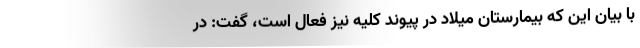
با بيان اين كه بيمارستان ميلاد در پيوند كليه نيز فعال است، گفت: در